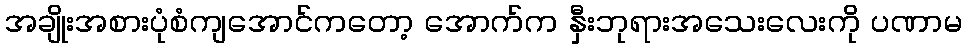
အချိုးအစားပုံစံကျအောင်ကတော့ အောက်က နှီးဘုရားအသေးလေးကို ပဏာမ